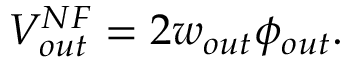
V _ { o u t } ^ { N F } = 2 w _ { o u t } \phi _ { o u t } .